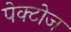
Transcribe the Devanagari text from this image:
पेक्टोज